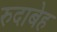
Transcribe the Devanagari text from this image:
रुदाबेह